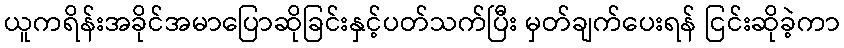
ယူကရိန်းအခိုင်အမာပြောဆိုခြင်းနှင့်ပတ်သက်ပြီး မှတ်ချက်ပေးရန် ငြင်းဆိုခဲ့ကာ